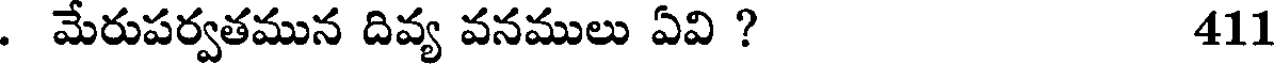
. మేరుపర్వతమున దివ్య వనములు ఏవి ? 411